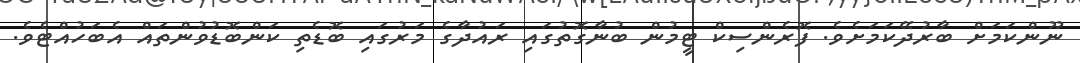
ނޫންކަމަށް ބާރުދޭކަމަށެވެ. ފޮރެންސިކް ޓީމުން ބުނާގޮތުގައި ރައުދާގެ މަރުގައި ބޮޑެތި ކަންބޮޑުވުންތައް އެބަހުއްޓެވެ.